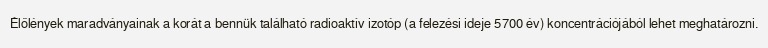
Élőlények maradványainak a korát a bennük található radioaktív izotóp (a felezési ideje 5700 év) koncentrációjából lehet meghatározni.